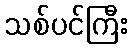
သစ်ပင်ကြီး